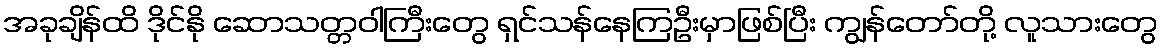
အခုချိန်ထိ ဒိုင်နို ဆောသတ္တဝါကြီးတွေ ရှင်သန်နေကြဦးမှာဖြစ်ပြီး ကျွန်တော်တို့ လူသားတွေ